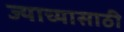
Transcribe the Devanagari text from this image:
ज्याच्यासाठी